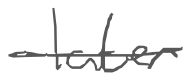
Text: later
Cross-out: single-line
Writing tool: digital_gray